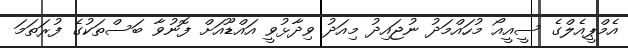
އެމްޕީއެލްގެ ސީއީއޯ މުހައްމަދު ނުޖައިދު މިއަދު ވިދާޅުވީ އައްޑޫއަށް ފޮނުވާ ބަސްތަކުގެ ފުރަތަމަ